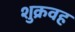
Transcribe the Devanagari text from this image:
शुक्रवह